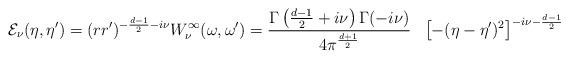
LaTeX: \begin{align*}{ \cal E}_{\nu} (\eta ,\eta') = (r r')^{-\frac{d-1}{2} - i \nu}{ W}_{\nu}^{\infty}({\omega},{\omega}') =\frac{\Gamma\left(\frac{d-1}{2} +i\nu\right)\Gamma(-i\nu)} { 4\pi^{\frac{d+1}{2}}}\ \ \left[-(\eta - \eta')^2\right]^{-i\nu-\frac{d-1}{2}} \end{align*}